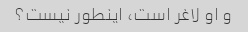
و او لاغر است، اینطور نیست؟